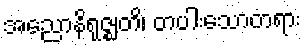
အညောနိရုဇ္ဈတိ၊ တပါးသောတရား